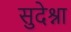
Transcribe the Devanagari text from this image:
सुदेश्ना